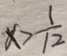
x > \frac { 1 } { 1 2 }